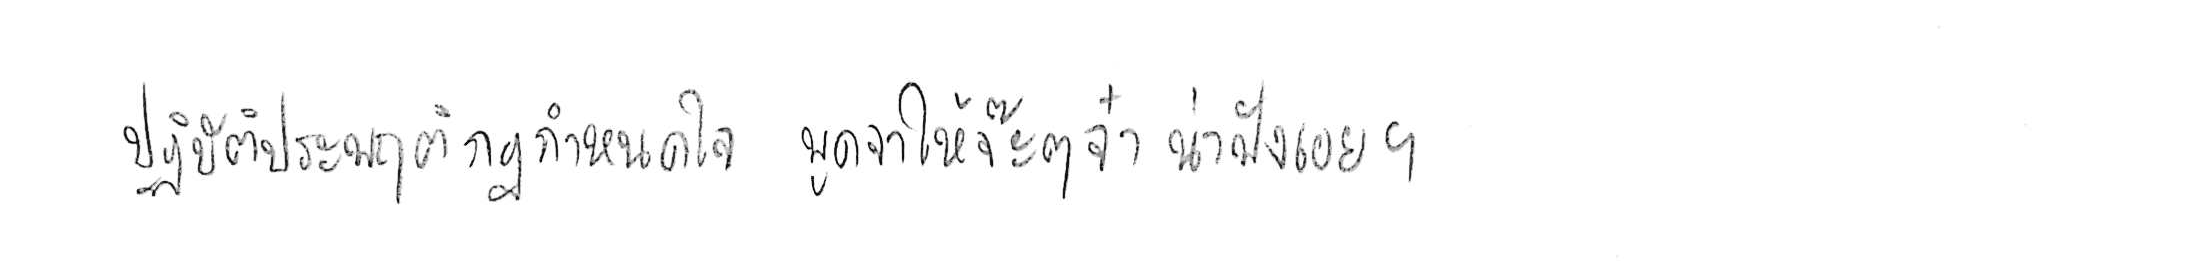
ปฏิบัติประพฤติกฎกำหนดใจ พูดจาให้จ๊ะๆ จ๋า น่าฟังเอยฯ